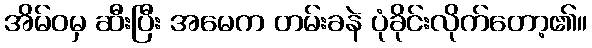
အိမ်ဝမှ ဆီးပြီး အမေက တမ်းခနဲ ပုံခိုင်းလိုက်တော့၏။